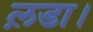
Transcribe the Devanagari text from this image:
ल़डा।